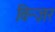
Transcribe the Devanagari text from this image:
विन्ज़र